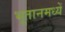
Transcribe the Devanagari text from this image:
भूतानमध्यें